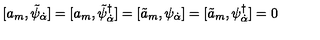
[ a _ { m } , \tilde { \psi } _ { \dot { \alpha } } ] = [ a _ { m } , \tilde { \psi } _ { \dot { \alpha } } ^ { \dagger } ] = [ \tilde { a } _ { m } , \psi _ { \dot { \alpha } } ] = [ \tilde { a } _ { m } , \psi _ { \dot { \alpha } } ^ { \dagger } ] = 0